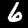
Digit: 6